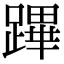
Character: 蹕